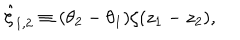
{ \hat { \zeta } _ { 1 , 2 } } \equiv ( \theta _ { 2 } - \theta _ { 1 } ) \zeta ( z _ { 1 } - z _ { 2 } ) ,